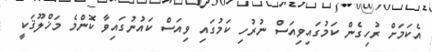
އެކަމަށް ރުހިގެން ކަމުގައިވިއަސް ނުރުހި ކަމުގައި ވިއަސް ކައުނުގައިވާ ކޮންމެ މަޚްލޫޤަކީ